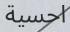
احسية